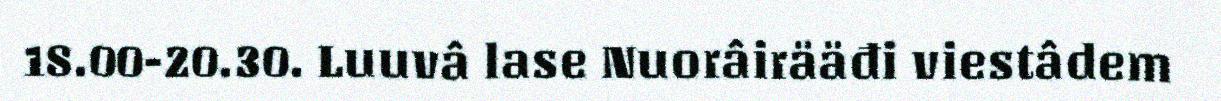
18.00-20.30. Luuvâ lase Nuorâirääđi viestâdem